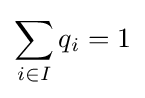
\sum _{i\in I}q_{i}=1